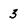
Character: 3